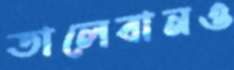
তালেবানও